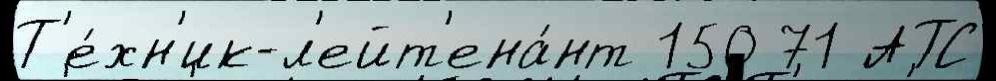
Т'е́хн'ик-л'ейт'ена́нт 150 71 АТС